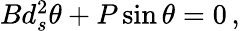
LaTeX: \begin{array}{r}{Bd_{s}^{2}\theta+P\sin\theta=0\, ,}\end{array}